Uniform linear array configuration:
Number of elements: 12
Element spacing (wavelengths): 0.25
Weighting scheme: kaiser
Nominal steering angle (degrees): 45
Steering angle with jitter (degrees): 44.008
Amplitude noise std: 0.05
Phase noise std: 0.05

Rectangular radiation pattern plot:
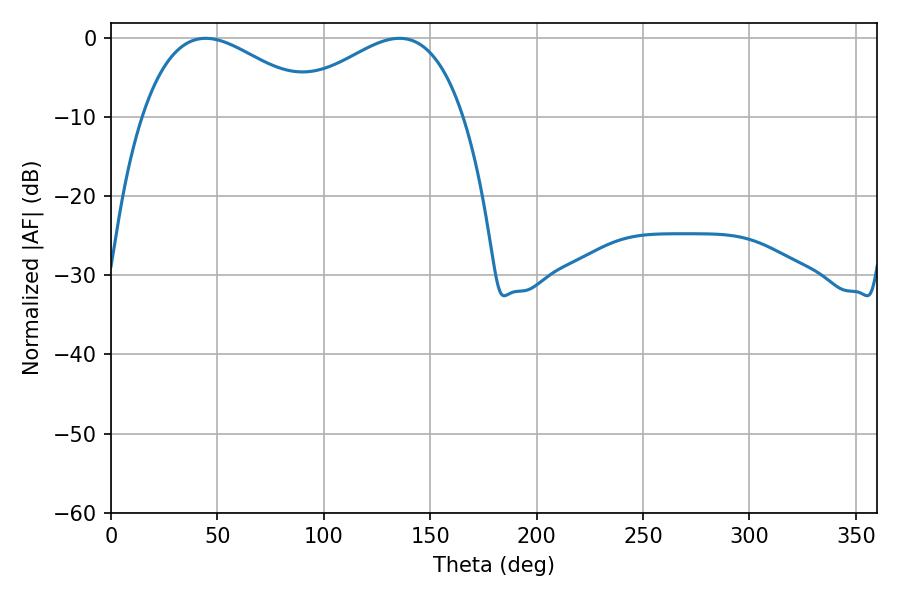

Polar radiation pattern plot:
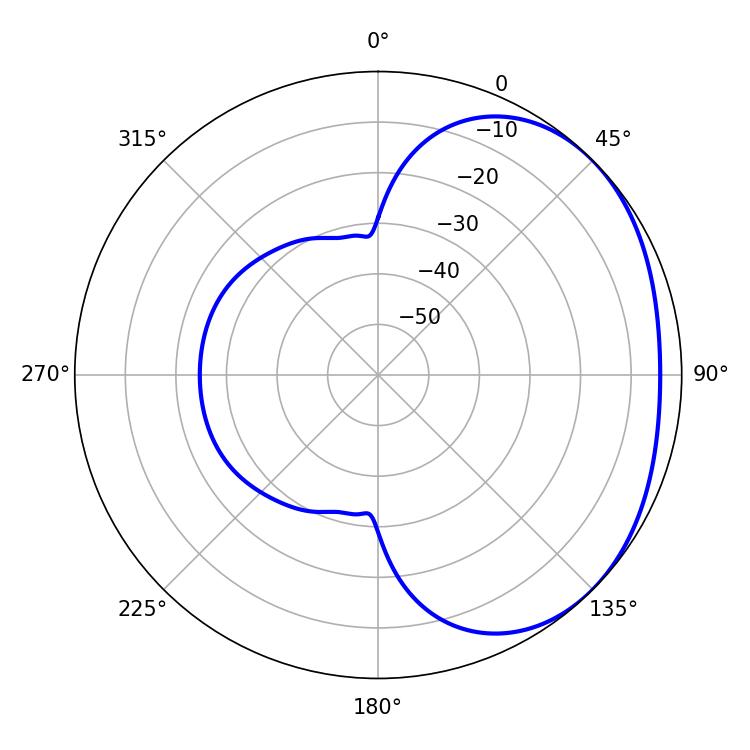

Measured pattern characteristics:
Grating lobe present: FALSE
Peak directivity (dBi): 2.13
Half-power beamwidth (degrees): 45.9
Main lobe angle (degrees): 44.46